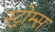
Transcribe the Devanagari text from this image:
स्ट्रोम्स